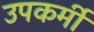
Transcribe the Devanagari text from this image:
उपकर्मी